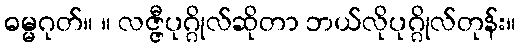
ဓမ္မဂုတ်။ ။ လဇ္ဇီပုဂ္ဂိုလ်ဆိုတာ ဘယ်လိုပုဂ္ဂိုလ်တုန်း။